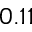
0 . 1 1